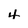
Character: 4